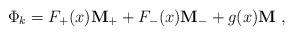
LaTeX: \begin{align*}\Phi_k = F_+ (x) {\bf M_+} + F_- (x) {\bf M_-} + g(x) {\bf M}\ ,\end{align*}